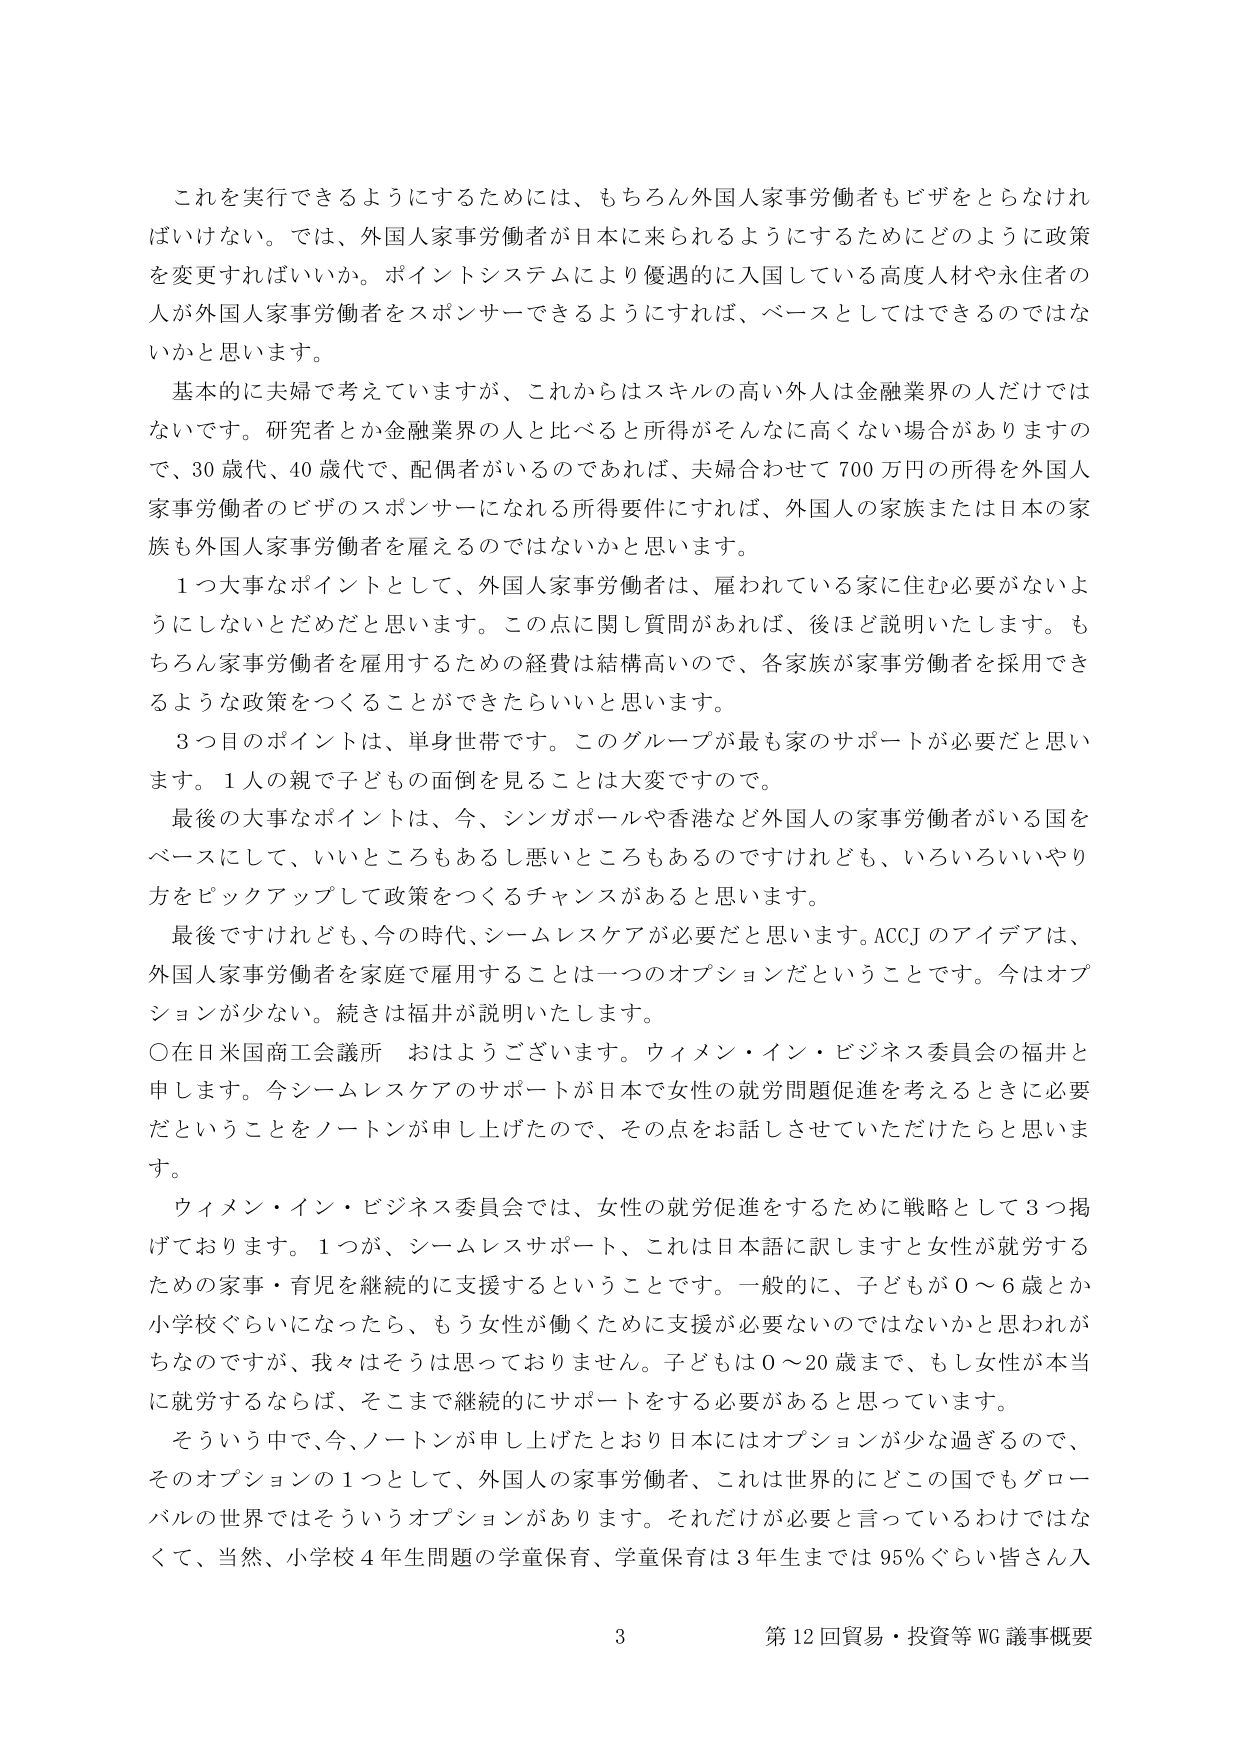
これを実行できるようにするためには、もちろん外国人家事労働者もビザをとらなければいけない。では、外国人家事労働者が日本に来られるようにするためにどのように政策を変更すればいいか。ポイントシステムにより優遇的に入国している高度人材や永住者の人が外国人家事労働者をスポンサーできるようにすれば、ベースとしてはできるのではないかと思います。

基本的に夫婦で考えていますが、これからはスキルの高い外人は金融業界の人だけではないです。研究者とか金融業界の人と比べると所得がそんなに高くない場合がありますので、30歳代、40歳代で、配偶者がいるのであれば、夫婦合わせて700万円の所得を外国人家事労働者のビザのスポンサーになれる所得要件にすれば、外国人の家族または日本の家族も外国人家事労働者を雇えるのではないかと思います。

1つ大事なポイントとして、外国人家事労働者は、雇われている家に住む必要がないようにしないとだめだと思います。この点に関し質問があれば、後ほど説明いたします。もちろん家事労働者を雇用するための経費は結構高いので、各家族が家事労働者を採用できるような政策をつくることができたらいいと思います。

3つ目のポイントは、単身世帯です。このグループが最も家のサポートが必要だと思います。1人の親で子どもの面倒を見ることは大変ですので。

最後の大事なポイントは、今、シンガポールや香港など外国人の家事労働者がいる国をベースにして、いいところもあるし悪いところもあるのですけれども、いろいろいいやり方をピックアップして政策をつくるチャンスがあると思います。

最後ですけれども、今の時代、シームレスケアが必要だと思います。ACCJのアイデアは、外国人家事労働者を家庭で雇用することは一つのオプションだということです。今はオプションが少ない。続きは福井が説明いたします。

○在日米国商工会議所 おはようございます。ウィメン・イン・ビジネス委員会の福井と申します。今シームレスケアのサポートが日本で女性の就労問題促進を考えるときに必要だということをノートンが申し上げたので、その点をお話しさせていただけたらと思います。

ウィメン・イン・ビジネス委員会では、女性の就労促進をするために戦略として3つ掲げております。1つが、シームレスサポート、これは日本語に訳しますと女性が就労するための家事・育児を継続的に支援するということです。一般的に、子どもが0～6歳とか小学校ぐらいになったら、もう女性が働くために支援が必要ないのではないかと思われがちなのですが、我々はそうは思っておりません。子どもは0～20歳まで、もし女性が本当に就労するならば、そこまで継続的にサポートをする必要があると思っています。

そういう中で、今、ノートンが申し上げたとおり日本にはオプションが少な過ぎるので、そのオプションの1つとして、外国人の家事労働者、これは世界的にどこの国でもグローバルの世界ではそういうオプションがあります。それだけが必要と言っているわけではなくて、当然、小学校4年生問題の学童保育、学童保育は3年生までは95％ぐらい皆さん入

3 第12回貿易・投資等WG議事概要